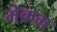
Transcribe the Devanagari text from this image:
मेकम